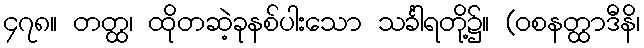
၄၇၈။ တတ္ထ၊ ထိုတဆဲ့ခုနစ်ပါးသော သင်္ခါရတို့၌။ (ဝစနတ္ထာဒီနိ၊